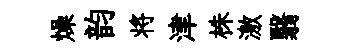
燥韵将津株激翳